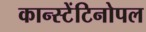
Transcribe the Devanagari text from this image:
कान्स्टेंटिनोपल